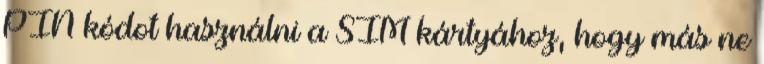
PIN kódot használni a SIM kártyához, hogy más ne